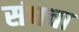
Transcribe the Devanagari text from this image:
संघचा